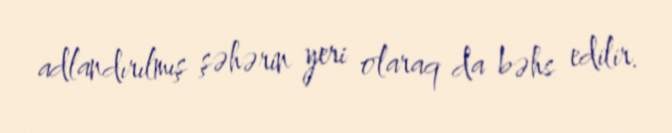
adlandırılmış şəhərin yeri olaraq da bəhs edilir.